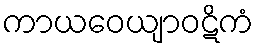
ကာယဝေယျာဝဋိကံ